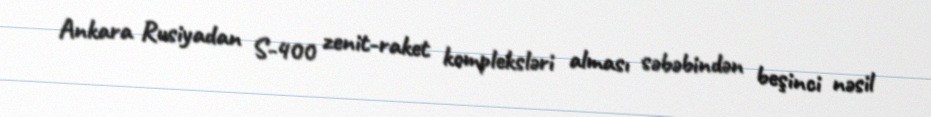
Ankara Rusiyadan S-400 zenit-raket kompleksləri alması səbəbindən beşinci nəsil